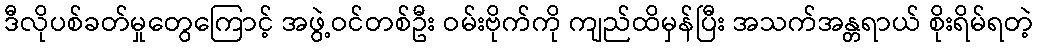
ဒီလိုပစ်ခတ်မှုတွေကြောင့် အဖွဲ့ဝင်တစ်ဦး ဝမ်းဗိုက်ကို ကျည်ထိမှန်ပြီး အသက်အန္တရာယ် စိုးရိမ်ရတဲ့